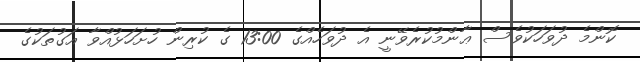
ކޮންމެ ދުވަހަކުވެސް ޢާންމުކުރެވޭނީ އެ ދުވަހެއްގެ 13:00 ގެ ކުރިން ހުށަހަޅުއްވާ އަގުތަކުގެ